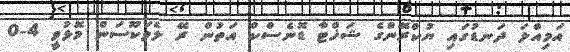
އަމިއްލަ ދަނޑުގައި ޔުކްރޭންގެ ޝަޚްޓާ ޑޮނެސްކް އަތުން ރޭ ލެވަކޫސަން މޮޅުވީ 4-0